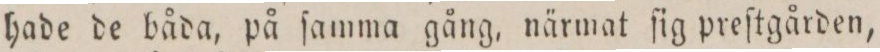
hade de båda, på ſamma gång, närmat ſig preſtgården,